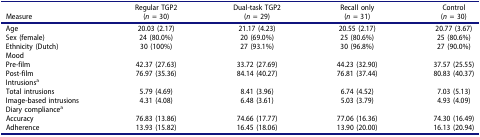
<table><thead><tr><td><b>Measure</b></td><td><b>Regular TGP2(<i>n =</i> 30)</b></td><td><b>Dual-task TGP2(<i>n =</i> 29)</b></td><td><b>Recall only(<i>n =</i> 31)</b></td><td><b>Control(<i>n =</i> 30)</b></td></tr></thead><tbody><tr><td>Age</td><td>20.03 (2.17)</td><td>21.17 (4.23)</td><td>20.55 (2.17)</td><td>20.77 (3.67)</td></tr><tr><td>Sex (female)</td><td>24 (80.0%)</td><td>20 (69.0%)</td><td>25 (80.6%)</td><td>25 (80.6%)</td></tr><tr><td>Ethnicity (Dutch)</td><td>30 (100%)</td><td>27 (93.1%)</td><td>30 (96.8%)</td><td>27 (90.0%)</td></tr><tr><td>Mood</td><td> </td><td> </td><td> </td><td> </td></tr><tr><td>Pre-film</td><td>42.37 (27.63)</td><td>33.72 (27.69)</td><td>44.23 (32.90)</td><td>37.57 (25.55)</td></tr><tr><td>Post-film</td><td>76.97 (35.36)</td><td>84.14 (40.27)</td><td>76.81 (37.44)</td><td>80.83 (40.37)</td></tr><tr><td>Intrusions<sup>a</sup></td><td> </td><td> </td><td> </td><td> </td></tr><tr><td>Total intrusions</td><td>5.79 (4.69)</td><td>8.41 (3.96)</td><td>6.74 (4.52)</td><td>7.03 (5.13)</td></tr><tr><td>Image-based intrusions</td><td>4.31 (4.08)</td><td>6.48 (3.61)</td><td>5.03 (3.79)</td><td>4.93 (4.09)</td></tr><tr><td>Diary compliance<sup>a</sup></td><td> </td><td> </td><td> </td><td> </td></tr><tr><td>Accuracy</td><td>76.83 (13.86)</td><td>74.66 (17.77)</td><td>77.06 (16.36)</td><td>74.30 (16.49)</td></tr><tr><td>Adherence</td><td>13.93 (15.82)</td><td>16.45 (18.06)</td><td>13.90 (20.00)</td><td>16.13 (20.94)</td></tr></tbody></table>